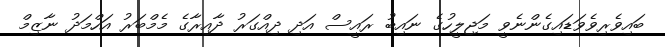
ބައިވެރިވެވަޑައިގެންނެވީ މަޖިލީހުގެ ނައިބު ރައީސް އަދި ދިއްގަރު ދާއިރާގެ މެމްބަރު އަހްމަދު ނާޒިމް